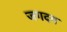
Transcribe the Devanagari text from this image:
जगदम